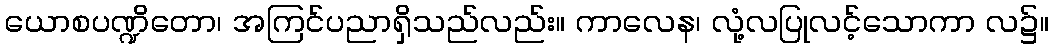
ယောစပဏ္ဍိတော၊ အကြင်ပညာရှိသည်လည်း။ ကာလေန၊ လုံ့လပြုလင့်သောကာ လ၌။